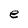
Character: e